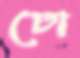
ঢো